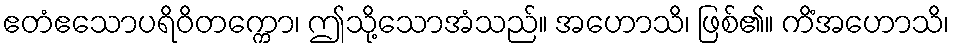
ဧတံဧသောပရိဝိတက္ကော၊ ဤသို့သောအံသည်။ အဟောသိ၊ ဖြစ်၏။ ကိံအဟောသိ၊